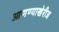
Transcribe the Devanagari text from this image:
आणण्याखेरीज